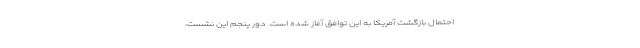
احتمال بازگشت آمریکا به این توافق آغاز شده است. دور پنجم این نشست،